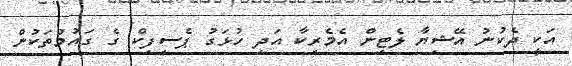
އަކީ ދެކުނު އޭޝިޔާ ލެޓިން އެމެރިކާ އަދި ހުޅަގު ޕެސިފިކް ގެ ގައުމުތަކުން